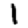
Digit: 1